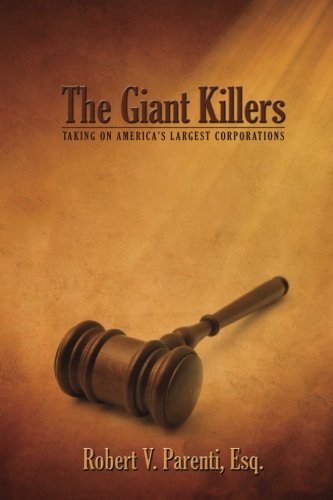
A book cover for The Giant Killers: Taking on America's Largest Corporations; Robert V. Parenti Esq.; Law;